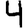
Digit: 4